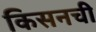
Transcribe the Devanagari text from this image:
किसनची